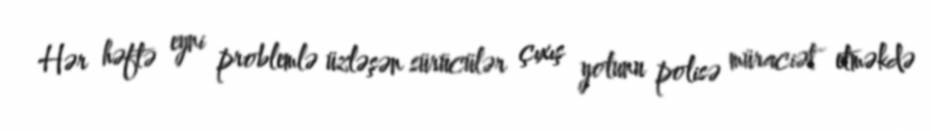
Hər həftə eyni problemlə üzləşən sürücülər çıxış yolunu polisə müraciət etməkdə